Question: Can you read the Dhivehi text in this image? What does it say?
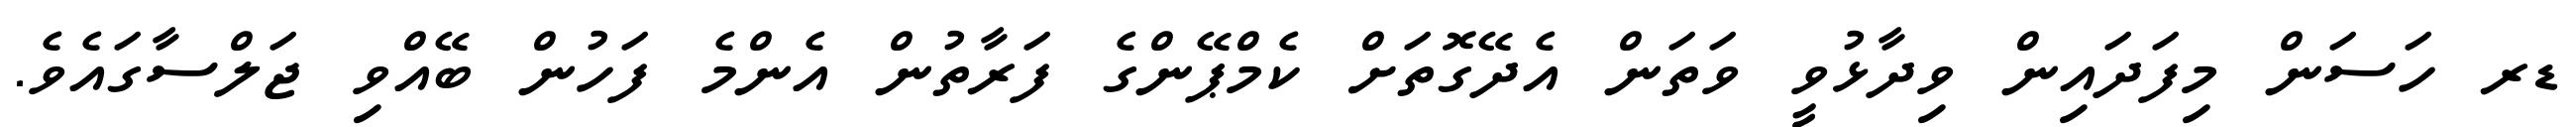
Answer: ޑރ ހަސަން މިފަދައިން ވިދާޅުވީ ވަތަން އެދޭގޮތަށް ކެމްޕޭންގެ ފަރާތުން އެންމެ ފަހުން ބޭއްވި ޖަލްސާގައެވެ.